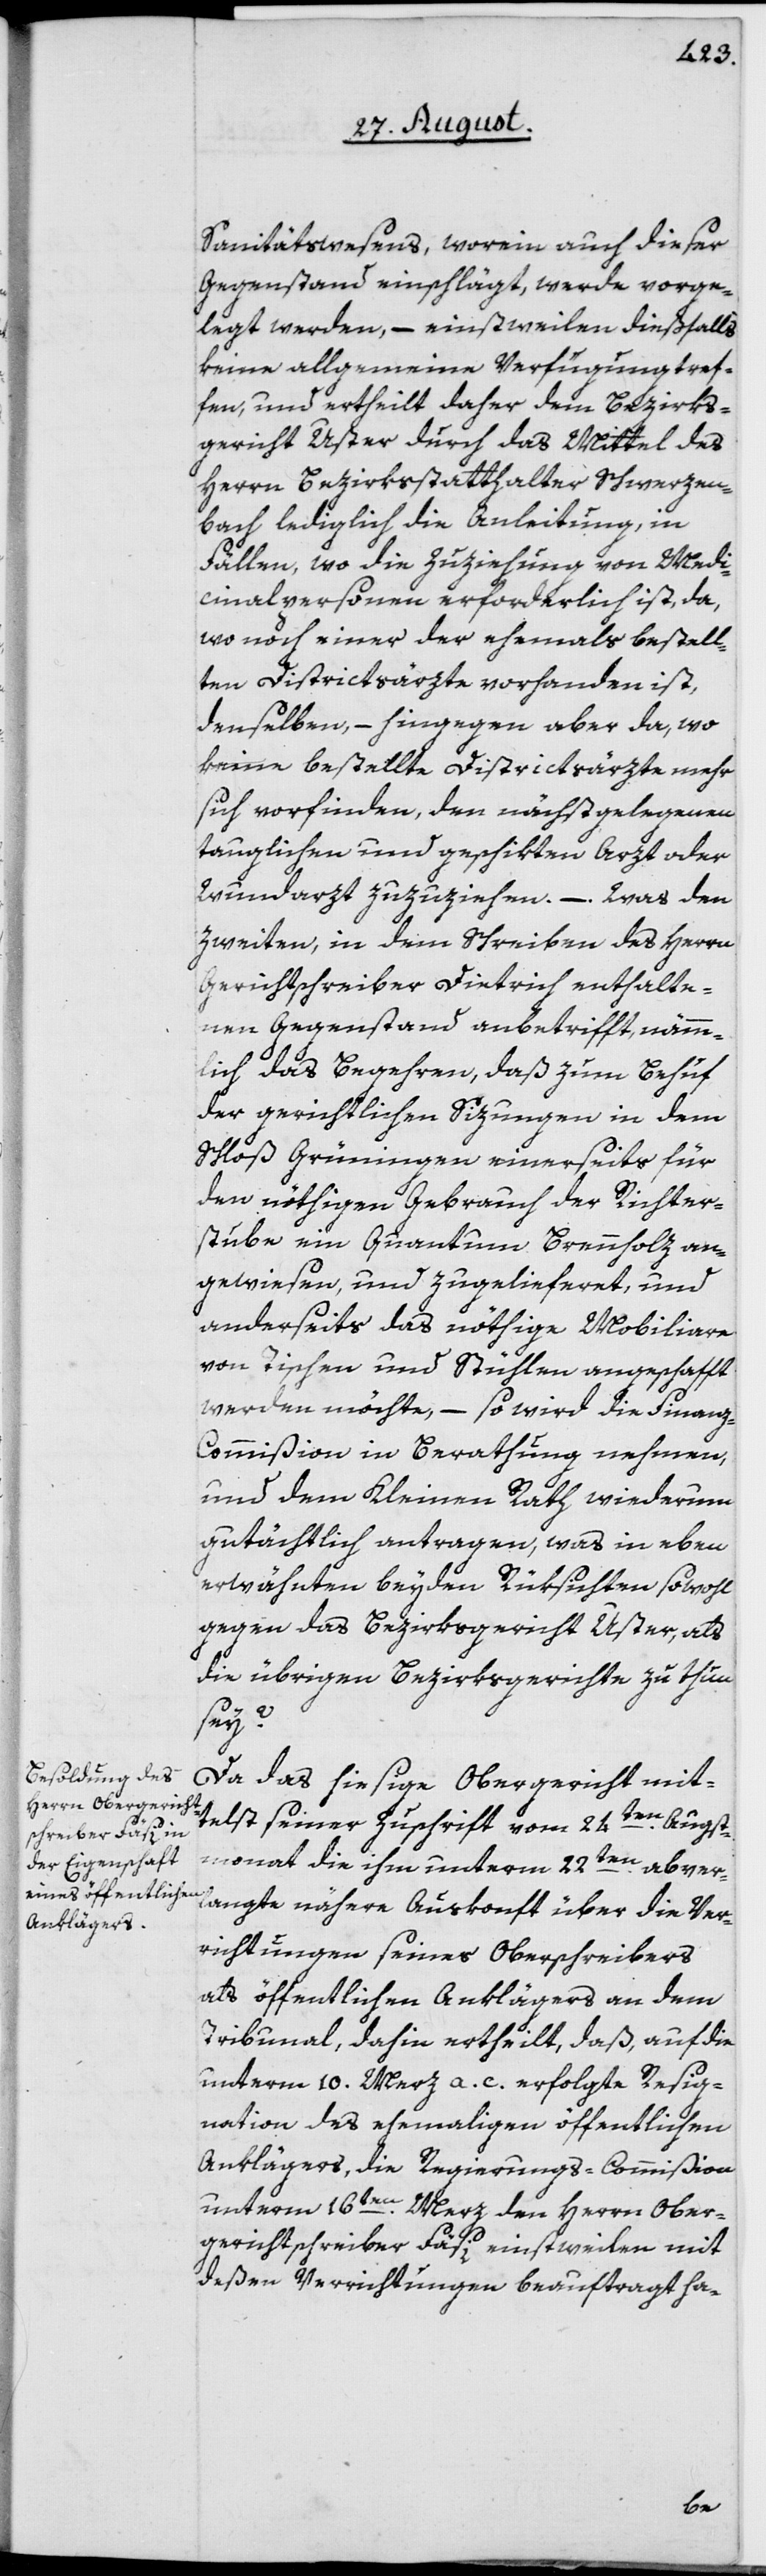
Sanitätswesens, worein auch dieser
Gegenstand einschlägt, werde vorge¬
legt werden, – einstweilen dießfalls
keine allgemeine Verfügung tref¬
fen, und ertheilt daher dem Bezirks¬
gericht Uster durch das Mittel des
Herrn Bezirksstatthalter Schwerzen¬
bach lediglich die Anleitung, in
Fällen, wo die Zuziehung von Medi¬
cinalpersonen erforderlich ist, da,
wo noch einer der ehemals bestell¬
ten Districtsärzte vorhanden ist,
denselben, – hingegen aber da, wo
keine bestellte Districtsärzte mehr
sich vorfinden, den nächst gelegenen
tauglichen und geschikten Arzt oder
Wundarzt zuzuziehen. – Was den
zweiten, in dem Schreiben des Herrn
Gerichtschreiber Dietrich enthalte¬
nen Gegenstand anbetrifft, näm¬
mlich das Begehren, daß zum Behuf
der gerichtlichen Sizungen in dem
Schloß Grüningen einerseits für
den nöthigen Gebrauch der Richter¬
stube ein Quantum Brennholz an¬
gewiesen, und zugelieferet, und
anderseits das nöthige Mobiliare
von Tischen und Stühlen angeschafft
werden möchte, – so wird die Finanz-C¬
ommißion in Berathung nehmen,
und dem Kleinen Rath wiederum
gutächtlich antragen, was in eben
erwähnten beyden Rüksichten sowohl
gegen das Bezirksgericht Uster, als
die übrigen Bezirksgerichte zu thun
sey?
Da das hiesige Obergericht mit¬
telst seiner Zuschrift vom 24ten Augst¬
monat die ihm unterm 22ten abver¬
langte nähere Auskonft über die Ver¬
richtungen seines Oberschreibers
als öffentlichen Anklägers an dem
Tribunal, dahin ertheilt, daß, auf die
unterm 10. Merz a. c. erfolgte Resig¬
nation des ehemaligen öffentlichen
Anklägers, die Regierungs-Commißion
unterm 16ten Merz den Herrn Ober¬
gerichtschreiber Fäsi einstweilen mit
deßen Verrichtungen beauftragt ha-